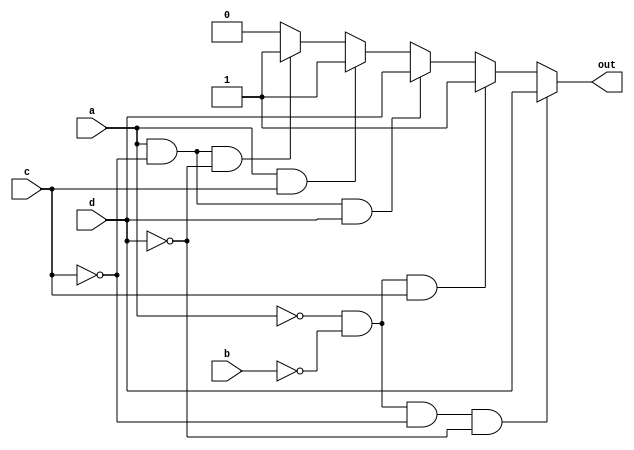
/*Implement the circuit described by the Karnaugh map below.*/
module top_module(
    input a,
    input b,
    input c,
    input d,
    output reg out  ); 
   
    always@(*)
        begin
            if(a==0&&b==0&&c==0&&d==0)
                out=d;
            else if(a==0&&b==0&&c==1)
                out=1'b1;
            else if(a==1&&c==0&&d==1)
                out=d;
            else if(a==1&&c==1)
                out=1'b1;
            else if(a==1&&c==0&&d==0)
                out=1'b1;
            else
                out=1'b0;
        end
            
endmodule